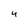
Character: 4